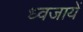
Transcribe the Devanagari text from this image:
ध्वजायें